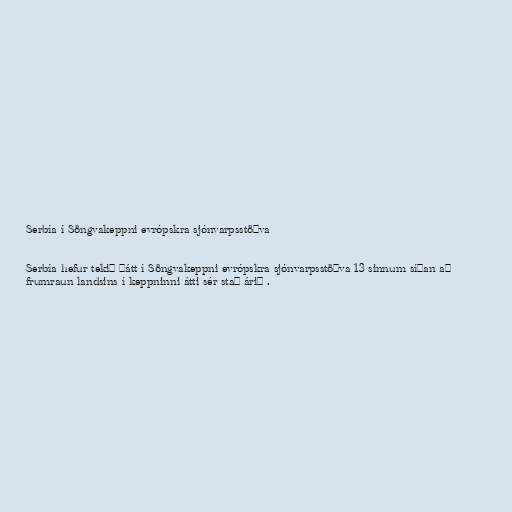
Serbía í Söngvakeppni evrópskra sjónvarpsstöðva

Serbía hefur tekið þátt í Söngvakeppni evrópskra sjónvarpsstöðva 13 sinnum síðan að
frumraun landsins í keppninni átti sér stað árið .